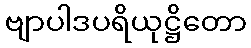
ဗျာပါဒပရိယုဋ္ဌိတော